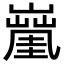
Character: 𡒑